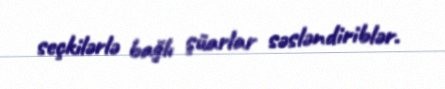
seçkilərlə bağlı şüarlar səsləndiriblər.